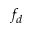
f _ { d }